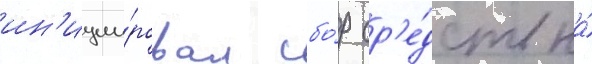
ин'иции́ровал сбо́р ср'е́дств на́